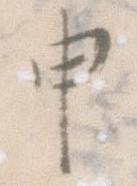
申